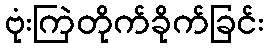
ဗုံးကြဲတိုက်ခိုက်ခြင်း